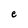
Character: e